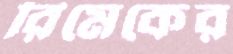
রিমেকের